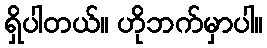
ရှိပါတယ်။ ဟိုဘက်မှာပါ။